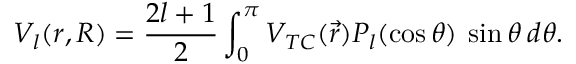
V _ { l } ( r , R ) = \frac { 2 l + 1 } { 2 } \int _ { 0 } ^ { \pi } V _ { T C } ( \vec { r } ) P _ { l } ( \cos \theta ) \: \sin \theta \: d \theta .